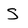
Character: s